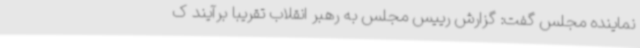
نماینده مجلس گفت: گزارش رییس مجلس به رهبر انقلاب تقریباً برآیند ک